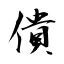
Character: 僓